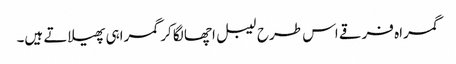
گمراہ فرقے اس طرح لیبل اچھا لگا کر گمراہی پھیلاتے ہیں۔